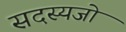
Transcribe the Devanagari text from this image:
सदस्यजो